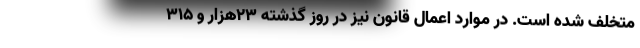
متخلف شده است. در موارد اعمال قانون نیز در روز گذشته ۲۳هزار و ۳۱۵